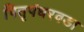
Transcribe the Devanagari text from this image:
पितृपंधरवडा